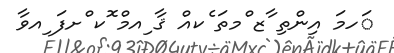
ަހމަ އިންތި ާޒ ްމތަ ެކއް ޤާ ިއމް ޮކ ްށފަ ިއވާ